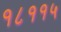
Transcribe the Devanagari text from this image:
१८११५